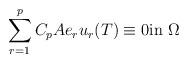
LaTeX: \begin{align*} \sum_{r=1}^pC_pAe_ru_r(T)\equiv 0\hbox{in } \Omega \end{align*}